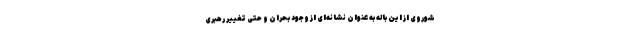
شوروی از این باله به عنوان نشانه‌ای از وجود بحران و حتی تغییر رهبری